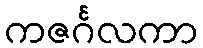
ကဇင်္ဂလကာ